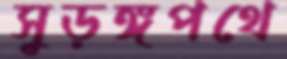
সুড়ঙ্গপথে